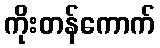
ကိုးတန်ကောက်